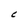
Character: C